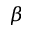
\beta